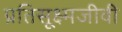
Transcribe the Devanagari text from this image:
प्रतिसूक्ष्मजीवी